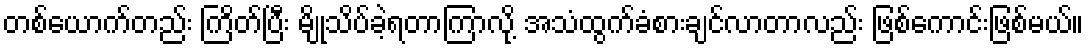
တစ်ယောက်တည်း ကြိတ်ပြီး မျိုသိပ်ခဲ့ရတာကြာလို့ အသံထွက်ခံစားချင်လာတာလည်း ဖြစ်ကောင်းဖြစ်မယ်။